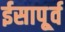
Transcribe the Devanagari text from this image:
ईसापू्र्व